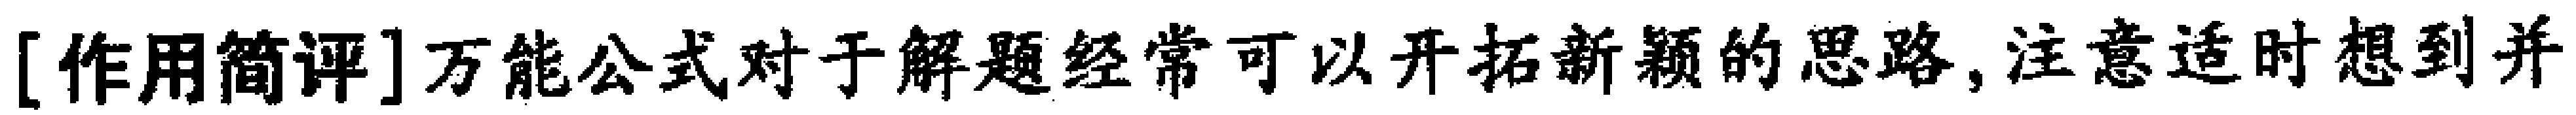
[作用简评]万能公式对于解题经常可以开拓新颖的思路,注意适时想到并